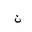
Letter: _non